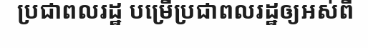
ប្រជាពលរដ្ឋ បម្រើប្រជាពលរដ្ឋឲ្យអស់ពី